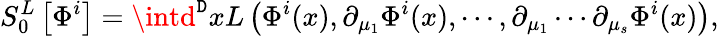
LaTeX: S_{0}^{L}\left[\Phi^{i}\right]=\intd^{\mathtt{D}}xL\left(\Phi^{i}(x),\partial_{\mu_{1}}\Phi^{i}(x),\cdots,\partial_{\mu_{1}}\cdots\partial_{\mu_{s}}\Phi^{i}(x)\right),